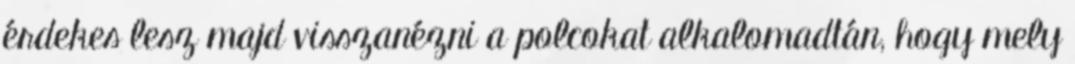
érdekes lesz majd visszanézni a polcokat alkalomadtán, hogy mely